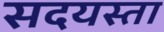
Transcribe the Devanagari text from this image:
सदयस्ता